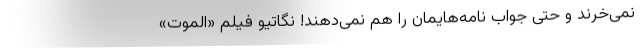
نمی‌خرند و حتی جواب نامه‌هایمان را هم نمی‌دهند! نگاتیو فیلم «الموت»